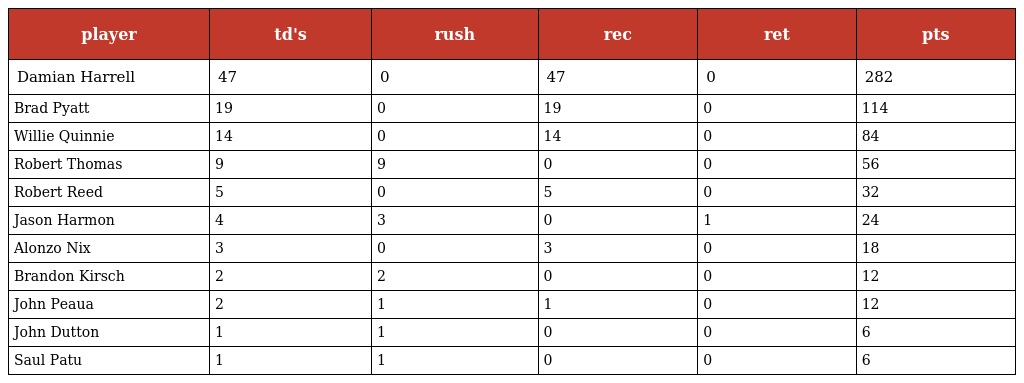
| player | td's | rush | rec | ret | pts |
 | --- | --- | --- | --- | --- | --- |
 | Damian Harrell | 47 | 0 | 47 | 0 | 282 |
 | Brad Pyatt | 19 | 0 | 19 | 0 | 114 |
 | Willie Quinnie | 14 | 0 | 14 | 0 | 84 |
 | Robert Thomas | 9 | 9 | 0 | 0 | 56 |
 | Robert Reed | 5 | 0 | 5 | 0 | 32 |
 | Jason Harmon | 4 | 3 | 0 | 1 | 24 |
 | Alonzo Nix | 3 | 0 | 3 | 0 | 18 |
 | Brandon Kirsch | 2 | 2 | 0 | 0 | 12 |
 | John Peaua | 2 | 1 | 1 | 0 | 12 |
 | John Dutton | 1 | 1 | 0 | 0 | 6 |
 | Saul Patu | 1 | 1 | 0 | 0 | 6 |